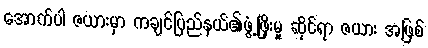
အောက်ပါ ဇယားမှာ ကချင်ပြည်နယ်၏ဖွံ့ဖြိုးမှု ဆိုင်ရာ ဇယား အဖြစ်